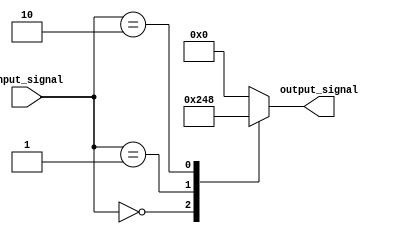
module simple_case_statement (
    input [2:0] input_signal,
    output reg [3:0] output_signal
);

always @(input_signal) begin
    case(input_signal)
        3'b000: output_signal = 4'b0010; // If input is 000, output_signal is 0010
        3'b001: output_signal = 4'b0100; // If input is 001, output_signal is 0100
        3'b010: output_signal = 4'b1000; // If input is 010, output_signal is 1000
        default: output_signal = 4'b0000; // Default case, output_signal is 0000
    endcase
end

endmodule